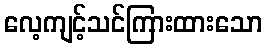
လေ့ကျင့်သင်ကြားထားသော